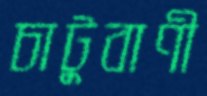
চাটুবাণী